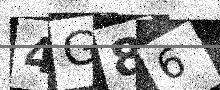
Text: 4G86